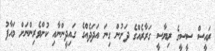
ރައީސް ސީސީގެ ރިޔާސީ ގަރާރެއްގެ ދަށުން ގިނަ އަދަދެއްގެ ގައިދީންނާއި ކުށްވެރިންނަށް މައާފު